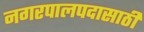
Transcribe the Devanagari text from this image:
नगरपालपदासाठी